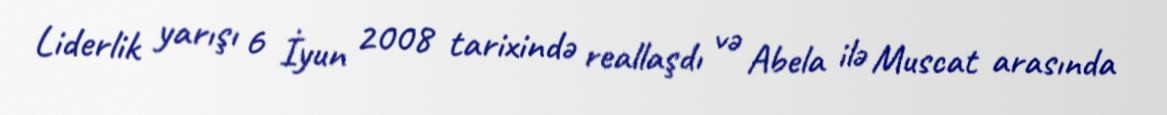
Liderlik yarışı 6 İyun 2008 tarixində reallaşdı və Abela ilə Muscat arasında